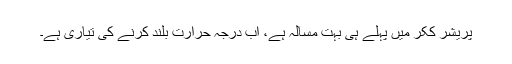
پریشر ککر میں پہلے ہی بہت مسالہ ہے، اب درجہ حرارت بلند کرنے کی تیاری ہے۔